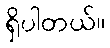
ရှိပါတယ်။